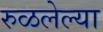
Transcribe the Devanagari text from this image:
रुळलेल्या